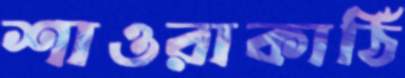
শাওরাকাঠি